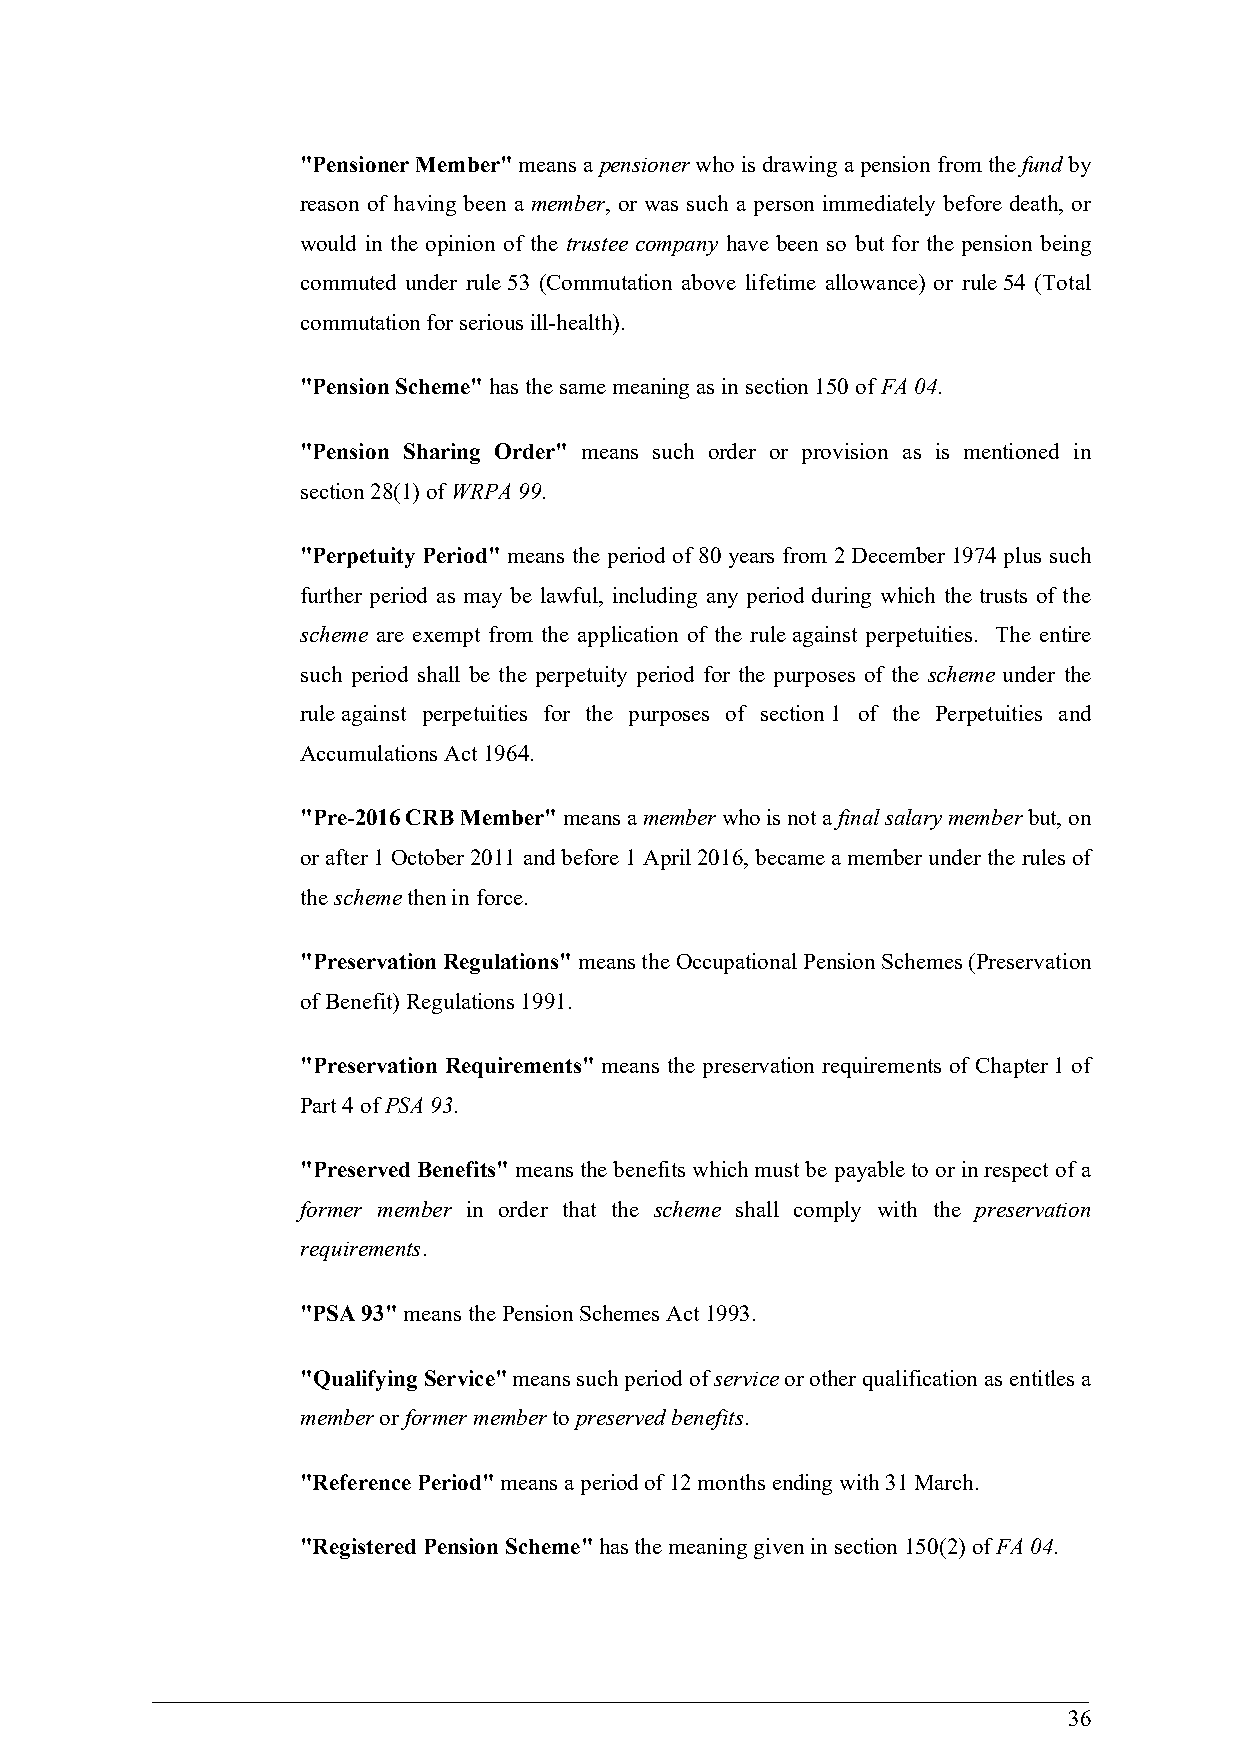
"Pensioner Member" means a pensioner who is drawing a pension from the fund by
 reason of having been a member, or was such a person immediately before death, or
 would in the opinion of the trustee company have been so but for the pension being
 commuted under rule 53 (Commutation above lifetime allowance) or rule 54 (Total
 commutation for serious ill-health).
 "Pension Scheme" has the same meaning as in section 150 of FA 04.
 "Pension Sharing Order" means such order or provision as is mentioned in
 section 28(1) of WRPA 99.
 "Perpetuity Period" means the period of 80 years from 2 December 1974 plus such
 further period as may be lawful, including any period during which the trusts of the
 scheme are exempt from the application of the rule against perpetuities. The entire
 such period shall be the perpetuity period for the purposes of the scheme under the
 rule against perpetuities for the purposes of section 1 of the Perpetuities and
 Accumulations Act 1964.
 "Pre-2016 CRB Member" means a member who is not a final salary member but, on
 or after 1 October 2011 and before 1 April 2016, became a member under the rules of
 the scheme then in force.
 "Preservation Regulations" means the Occupational Pension Schemes (Preservation
 of Benefit) Regulations 1991.
 "Preservation Requirements" means the preservation requirements of Chapter 1 of
 Part 4 of PSA 93.
 "Preserved Benefits" means the benefits which must be payable to or in respect of a
 former member in order that the scheme shall comply with the preservation
 requirements.
 "PSA 93" means the Pension Schemes Act 1993.
 "Qualifying Service" means such period of service or other qualification as entitles a
 member or former member to preserved benefits.
 "Reference Period" means a period of 12 months ending with 31 March.
 "Registered Pension Scheme" has the meaning given in section 150(2) of FA 04.
 36